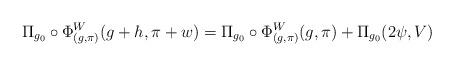
LaTeX: \begin{align*}\Pi_{g_0}\circ \Phi^W_{(g,\pi)} (g+h , \pi + w) = \Pi_{g_0}\circ \Phi^W_{(g,\pi)} (g, \pi )+ \Pi_{g_0}(2\psi, V)\end{align*}